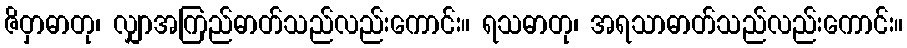
ဇိဝှာဓာတု၊ လျှာအကြည်ဓာတ်သည်လည်းကောင်း။ ရသဓာတု၊ အရသာဓာတ်သည်လည်းကောင်း။